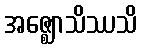
အဇ္ဈောသိဿသိ